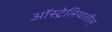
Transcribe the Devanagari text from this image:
ऑस्ट्रेलियातील्